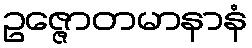
ဥဇ္ဇောတမာနာနံ